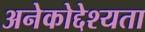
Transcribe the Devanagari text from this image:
अनेकोद्देश्यता